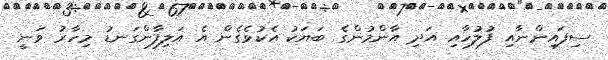
ސިފައިންނާއި ފުލުހާއި އަދި އާންމުންގެ ބަޔަކު އެކުވެގެން އެ އަލިފާންގަނޑު މިހާރު ވަނީ